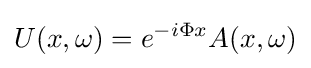
U(x,\omega )=e^{-i\Phi x}A(x,\omega )